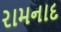
રામનાદ